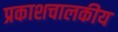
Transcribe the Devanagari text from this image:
प्रकाशचालकीय